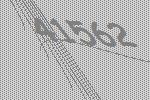
41562